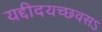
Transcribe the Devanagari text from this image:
यद्दीदयच्छवसऽ